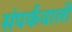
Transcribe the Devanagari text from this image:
संपर्कवाली